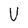
Character: U